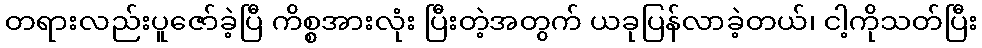
တရားလည်းပူဇော်ခဲ့ပြီ ကိစ္စအားလုံး ပြီးတဲ့အတွက် ယခုပြန်လာခဲ့တယ်၊ ငါ့ကိုသတ်ပြီး